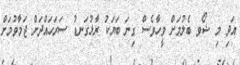
އަދި މި ޝޯވ ބެލުމަށް ވީހާވެސް ގިނަ ބަޔަކު ރާޅުގަނޑު ސަރަހައްދަށް ޖަމާވުމަށް